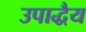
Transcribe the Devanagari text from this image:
उपाद्धैय